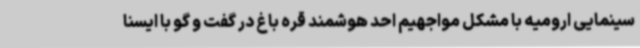
سینمایی ارومیه با مشکل مواجهیم احد هوشمند قره باغ در گفت و گو با ایسنا